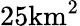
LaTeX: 25\mathrm{{km}^{2}}